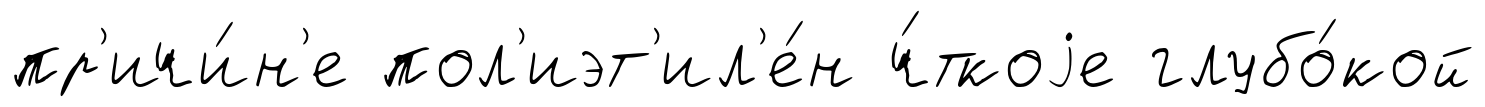
пр'ичи́н'е пол'иэт'ил'е́н ч́ткоjе глубо́кой